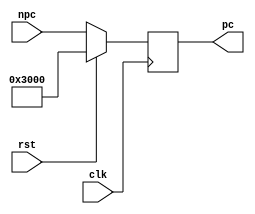
module pc(
    input clk,
    input rst,
    input [31:0] npc,
    output reg [31:0] pc
    );

    initial begin
        pc <= 32'h3000;
    end

    always @(posedge clk) begin
        if (rst) begin
            pc <= 32'h3000;
        end else begin
            pc <= npc;
        end
    end

endmodule